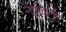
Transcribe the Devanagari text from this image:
नैपकिनों